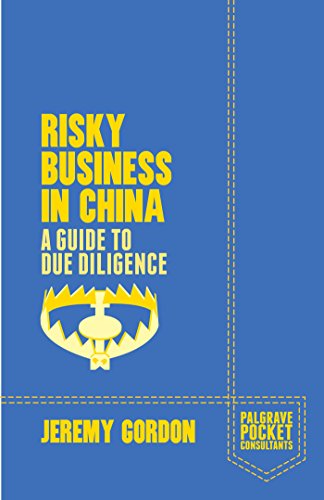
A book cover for Risky Business in China: A Guide to Due Diligence (Palgrave Pocket Consultants); Jeremy Gordon; Business & Money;